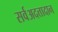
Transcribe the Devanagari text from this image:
सर्वअदत्तादान